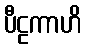
ပီဠကာဟိ